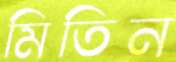
মিতিন